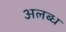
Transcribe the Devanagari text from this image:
अलब्ध